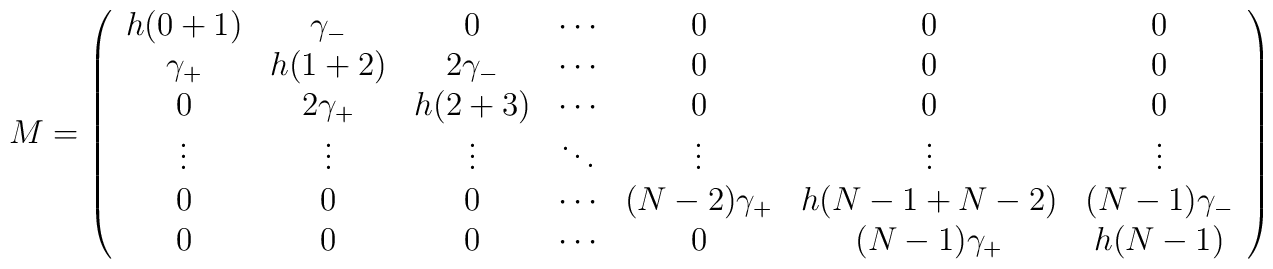
M = \left( \begin{array}{ccccccc}h (0+1) & \gamma_- & 0 & \cdots & 0 & 0 & 0 \\\gamma_+ & h (1+2) & 2 \gamma_- & \cdots & 0 & 0 & 0 \\0 & 2 \gamma_+ & h (2+3) & \cdots & 0 & 0 & 0 \\\vdots & \vdots & \vdots & \ddots & \vdots & \vdots &\vdots \\0 & 0 & 0 & \cdots & (N-2) \gamma_+ & h (N-1 + N-2) & (N-1) \gamma_- \\0 & 0 & 0 & \cdots & 0 & (N-1) \gamma_+ & h (N-1) \\\end{array}\right)\nonumber